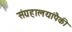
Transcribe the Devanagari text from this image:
संग्रहालयांपैकी